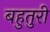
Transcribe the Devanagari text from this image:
बहुतुरी